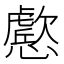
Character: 𭟔